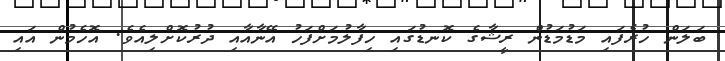
ބަލަން ހުރެފައި މަޑުމަޑުން ރީޝާގެ ކޮނޑުގައި ހިފާލުމަށްފަހު އޭނާއާއި ދުރުކޮށްލިއެވެ. އޮހެމުން އައި